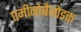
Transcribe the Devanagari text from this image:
एमीनोबैंजोइक